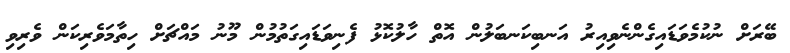
ބޭރަށް ނުކުމެވަޑައިގެންނެވިއިރު އަނބިކަނބަލުން އޮތް ހާލުކޮޅު ފެނިވަޑައިގަތުމުން މޫނު މައްޗަށް ހިތާމަވެރިކަން ވެރިވި